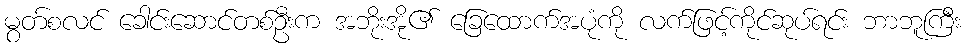
မွတ်စလင် ခေါင်းဆောင်တစ်ဦးက အဘိုးအို၏ ခြေထောက်အပုံကို လက်ဖြင့်ကိုင်ဆုပ်ရင်း ဘာဘူကြီး